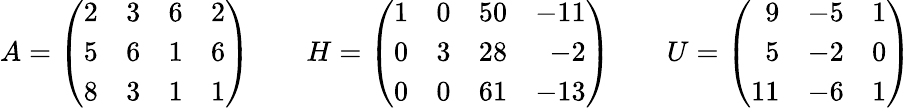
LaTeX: A={\left(\begin{array}{llll}{2}&{3}&{6}&{2}\\ {5}&{6}&{1}&{6}\\ {8}&{3}&{1}&{1}\end{array}\right)}\qquad H=\left({\begin{array}{rrrr}{1}&{0}&{50}&{-11}\\ {0}&{3}&{28}&{-2}\\ {0}&{0}&{61}&{-13}\end{array}}\right)\qquad U=\left({\begin{array}{rrr}{9}&{-5}&{1}\\ {5}&{-2}&{0}\\ {11}&{-6}&{1}\end{array}}\right)